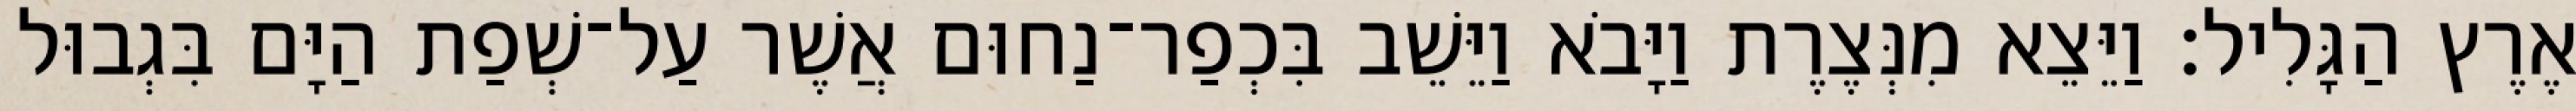
אֶרֶץ הַגָּלִיל׃ וַיֵּצֵא מִנְּצֶרֶת וַיָּבֹא וַיֵּשֵׁב בִּכְפַר־נַחוּם אֲשֶׁר עַל־שְׁפַת הַיָּם בִּגְבוּל